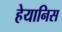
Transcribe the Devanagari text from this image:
हेयानिस